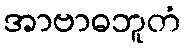
အာဗာဓဘူတံ